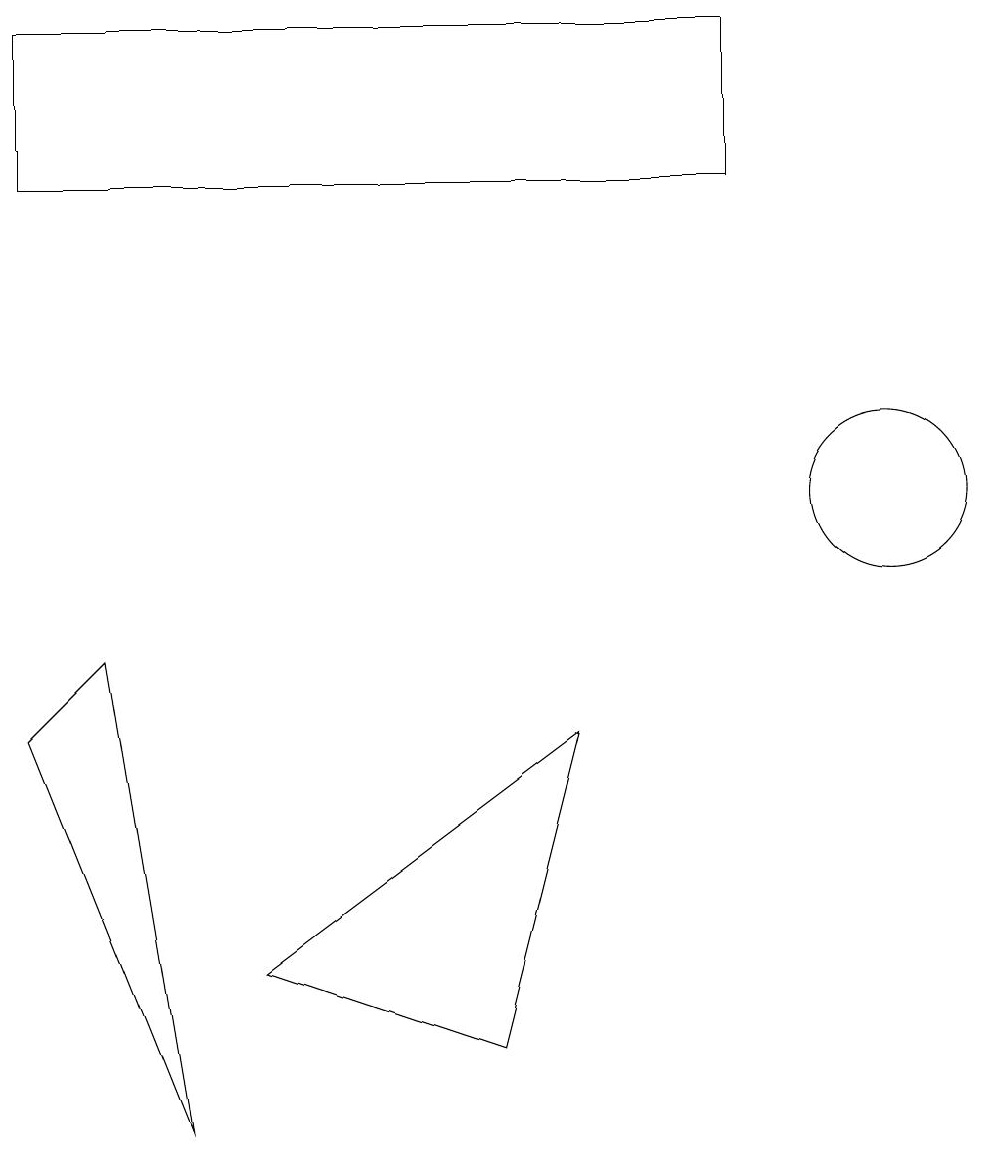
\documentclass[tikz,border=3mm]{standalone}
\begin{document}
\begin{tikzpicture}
\draw (3,5) -- (7,8) -- (6,4) -- cycle;
\draw (0,15) rectangle (9,17);
\draw (11,11) circle (1);
\draw (2,3) -- (0,8) -- (1,9) -- cycle;
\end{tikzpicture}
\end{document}